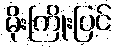
မိုးကြိုးပြင်